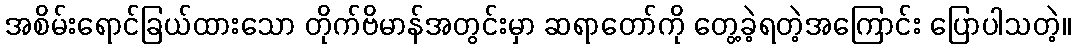
အစိမ်းရောင်ခြယ်ထားသော တိုက်ဗိမာန်အတွင်းမှာ ဆရာတော်ကို တွေ့ခဲ့ရတဲ့အကြောင်း ပြောပါသတဲ့။